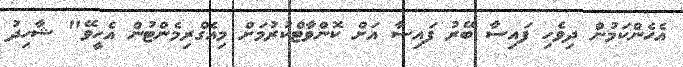
އެހެންކަމުން ދިވެހި ފައިސާ ބޭރު ފައިސާ އަށް ކޮންވާޓްކުރުމަށް މިއެގްރިމެންޓުން އެހީވޭ" ޝާހިދު